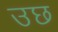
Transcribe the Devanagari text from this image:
उछ